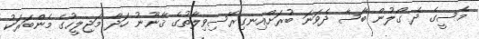
މެސީގެ ދެ ގޯލުން ބާސާ ދެވަނަ ބުރަށްއިނގިރޭސިވިލާތުގެ ޤާނޫނު ހަދާ މަޖިލީހުގެ މެންބަރަކު